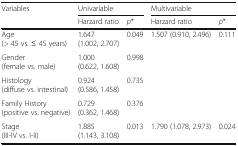
| <ROWSPAN=2> Variables | <COLSPAN=2> Univariable | <COLSPAN=2> Multivariable |
 | Harzard ratio | p* | Harzard ratio | p* |
 | --- | --- | --- | --- | --- |
 | Age(> 45 vs. ≤ 45 years) | 1.647 (1.002, 2.707) | 0.049 | 1.507 (0.910, 2.496) | 0.111 |
 | Gender(female vs. male) | 1.000 (0.622, 1.608) | 0.998 |  |  |
 | Histology(diffuse vs. intestinal) | 0.924 (0.586, 1.458) | 0.735 |  |  |
 | Family History(positive vs. negative) | 0.729 (0.362, 1.468) | 0.376 |  |  |
 | Stage(III-IV vs. I-II) | 1.885 (1.143, 3.108) | 0.013 | 1.790 (1.078, 2.973) | 0.024 |